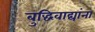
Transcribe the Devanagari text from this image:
बुद्धिवाद्यांना